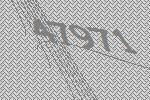
47971